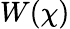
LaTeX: W(\chi)